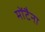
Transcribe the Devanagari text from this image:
मोंटैना